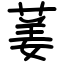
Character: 葁